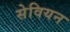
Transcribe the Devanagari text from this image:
सेवियन